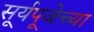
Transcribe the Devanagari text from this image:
सूर्यपूजेच्या